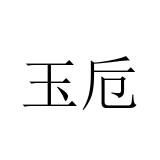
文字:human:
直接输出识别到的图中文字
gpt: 玉卮